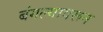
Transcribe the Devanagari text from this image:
बंगल्यावरून